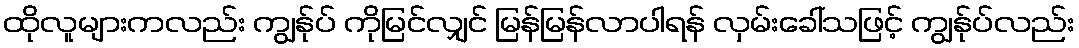
ထိုလူများကလည်း ကျွန်ုပ် ကိုမြင်လျှင် မြန်မြန်လာပါရန် လှမ်းခေါ်သဖြင့် ကျွန်ုပ်လည်း